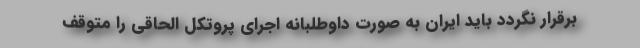
برقرار نگردد باید ایران به صورت داوطلبانه اجرای پروتکل الحاقی را متوقف